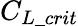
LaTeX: C_{L\_ crit}